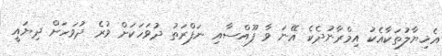
އެޚިޔާލުތަކާއެކު އިމްރާނުދެކެ އޭނަ ވާ ފޫއްސާއި ނަފްރަތު ދުވަހަކަށް ވުރެ ދުވަހަށް ދިޔައީ